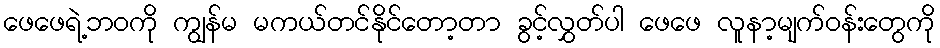
ဖေဖေရဲ့ဘဝကို ကျွန်မ မကယ်တင်နိုင်တော့တာ ခွင့်လွှတ်ပါ ဖေဖေ လူနာ့မျက်ဝန်းတွေကို